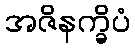
အဇိနက္ခိပံ